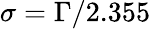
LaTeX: \sigma=\Gamma/2.355